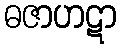
ဓဇာဟဋာ